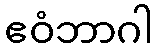
ဧဝံဘာဂါ